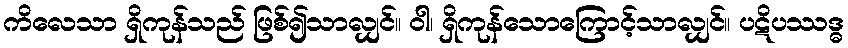
ကိလေသာ ရှိကုန်သည် ဖြစ်၍သာလျှင်။ ဝါ၊ ရှိကုန်သောကြောင့်သာလျှင်။ ပဋိပဿဒ္ဓ